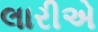
લારીએ